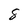
Character: 8